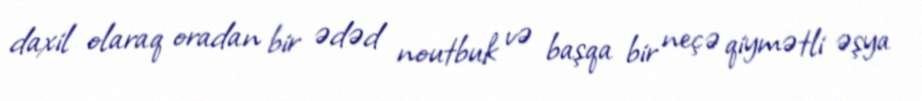
daxil olaraq oradan bir ədəd noutbuk və başqa bir neçə qiymətli əşya